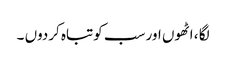
لگا ، اٹھوں اور سب کوتباہ کردوں ۔